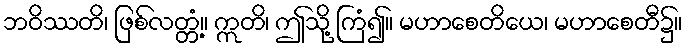
ဘဝိဿတိ၊ ဖြစ်လတ္တံ့။ ဣတိ၊ ဤသို့ ကြံ၍။ မဟာစေတိယေ၊ မဟာစေတီ၌။